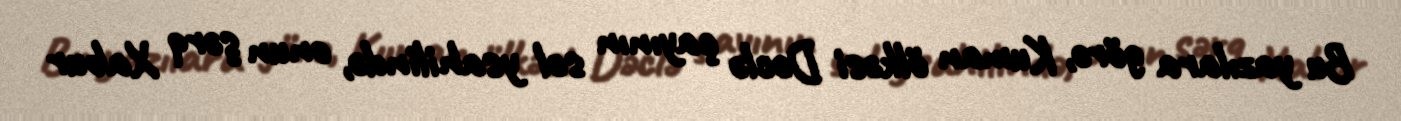
Bu yazılara görə, Kuman ölkəsi Dəclə çayının sol ysahilində, onun şərq Xabur